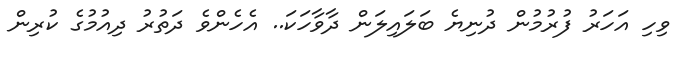
ވިހި އަހަރު ފުރުމުން ދުނިޔެ ބަލައިލަން ދާވާހަކަ.. އެހެންވެ ދަތުރު ދިއުމުގެ ކުރިން